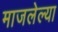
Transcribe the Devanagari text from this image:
माजलेल्या